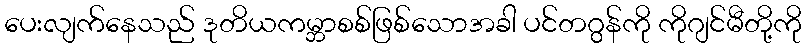
ပေးလျက်နေသည် ဒုတိယကမ္ဘာစစ်ဖြစ်သောအခါ ပင်တဂွန်ကို ကိုဂျင်မီတို့ကို